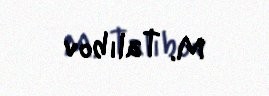
M. Talıbov